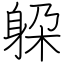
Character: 躱